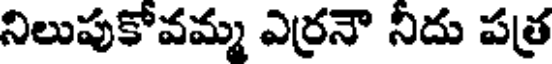
నిలుపుకోవమ్మ ఎర్రనౌ నీదు పత్ర